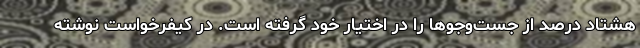
هشتاد درصد از جست‌وجوها را در اختیار خود گرفته است. در کیفرخواست نوشته